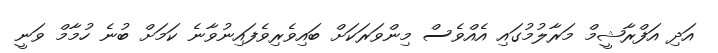
އަދި އަފްރާޝީމް މަރާލުމުގައި އެއްވެސް މިންވަރަކަށް ބައިވެރިވެފައިނުވާނެ ކަމަށް ބުނެ ހުމާމް ވަނީ